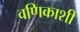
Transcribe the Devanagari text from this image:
वणिकाशी